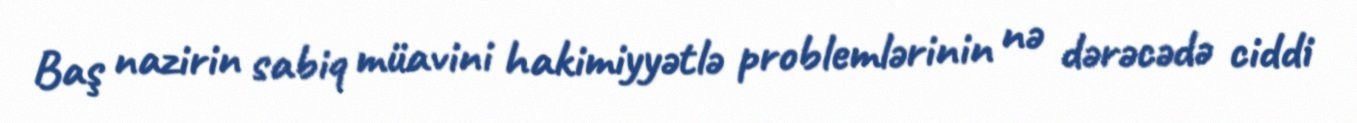
Baş nazirin sabiq müavini hakimiyyətlə problemlərinin nə dərəcədə ciddi